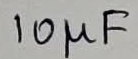
Text: 10µF